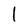
Character: 1